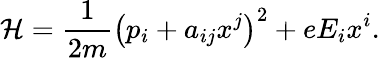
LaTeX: \mathcal{H}=\frac{{1}}{{2m}}\left(p_{i}+a_{ij}x^{j}\right)^{2}+eE_{i}x^{i}.